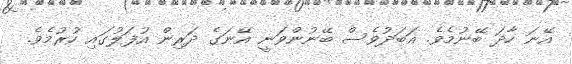
އޭނަ ހާދަ ބޭނުމެވެ. އަބަދުވެސް ބޭނުންވަނީ އޭނަގެ ދަރިން އުފަލުގައި ހުރުމެވެ.